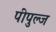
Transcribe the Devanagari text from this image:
पीपुल्ज